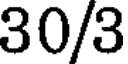
30/3